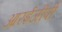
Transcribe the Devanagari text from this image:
आरईजीपी